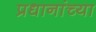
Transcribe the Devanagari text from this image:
प्रधानांच्या